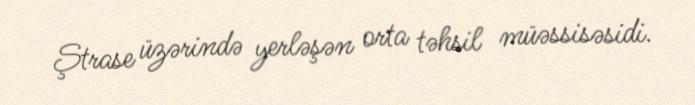
Ştrase üzərində yerləşən orta təhsil müəssisəsidi.